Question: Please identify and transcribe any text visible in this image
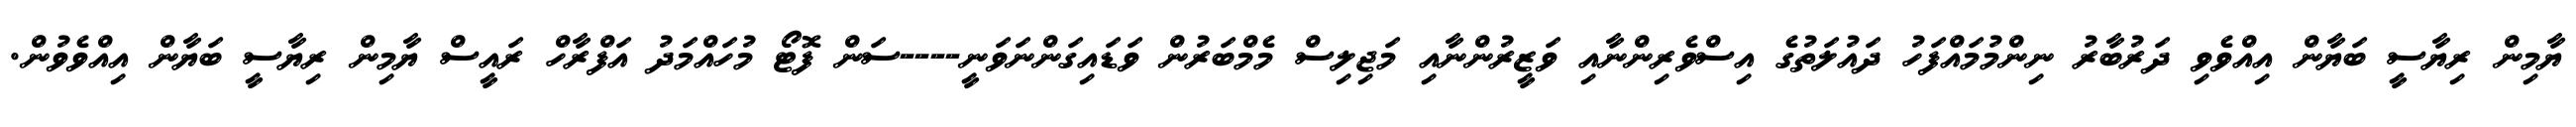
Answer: ޔާމިން ރިޔާސީ ބަޔާން އިއްވެވި ދަރުބާރު ނިންމުމައްފަހު ދައުލަތުގެ އިސްވެރިންނާއި ވަޒީރުންނާއި މަޖިލިސް މެމްބަރުން ވަޑައިގަންނަވަނީ----ސަން ފޮޓޯ މުހައްމަދު އަފްރާހް ރައީސް ޔާމިން ރިޔާސީ ބަޔާން އިއްވެވުން.